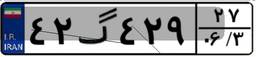
۴۲گ۴۲۹۲۷